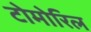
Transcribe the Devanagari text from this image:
टोमोरिल